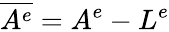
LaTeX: \overline{{A^{e}}}=A^{e}-L^{e}